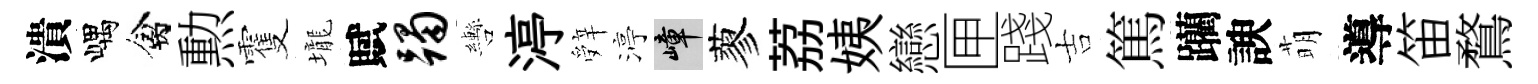
潰嵎禽勲䨥壠賦躅轡渟辤渟嶂蓼荔姨戀匣踐吉篤躪諛萌導笛鶩